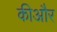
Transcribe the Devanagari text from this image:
कीऔर